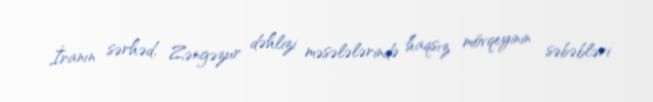
İranın sərhəd, Zəngəzur dəhlizi məsələlərində haqsız mövqeyinin səbəbləri